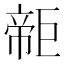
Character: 𢄫